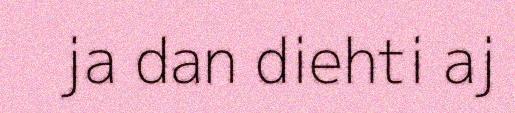
ja dan diehti aj